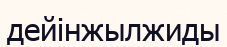
дейінжылжиды